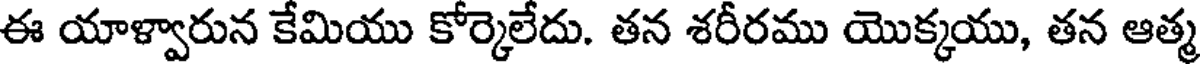
ఈ యాళ్వారున కేమియు కోర్కెలేదు. తన శరీరము యొక్కయు, తన ఆత్మ